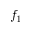
f _ { 1 }